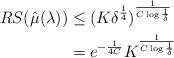
LaTeX: \begin{align*}RS(\hat{\mu}(\lambda)) & \leq (K\delta^{\frac{1}{4}})^{\frac{1}{C\log\frac{1}{\delta}}}\\& = e^{-\frac{1}{4C}} K^{\frac{1}{C\log\frac{1}{\delta}}}\end{align*}